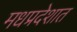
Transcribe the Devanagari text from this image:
मधप्रदेशात